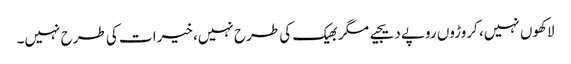
لاکھوں نہیں، کروڑوں روپے دیجیے مگر بھیک کی طرح نہیں، خیرات کی طرح نہیں۔